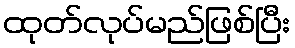
ထုတ်လုပ်မည်ဖြစ်ပြီး